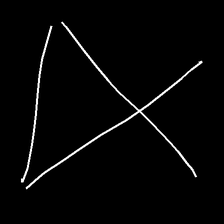
Glyph: collection